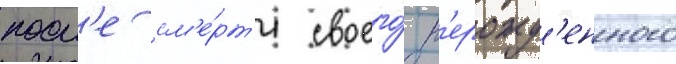
посл'е см'е́рт'и своего́ н'ерожд'енного